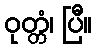
ဝုတ္တံ၊ ပြီ။